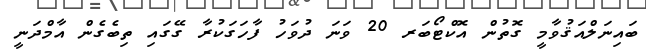
ބައިނަލްއަޤުވާމީ ގޮތުން އޮކްޓޯބަރ 20 ވަނަ ދުވަހު ފާހަގަކުރާ ގޭގައި ތިބެގެން އާމްދަނީ